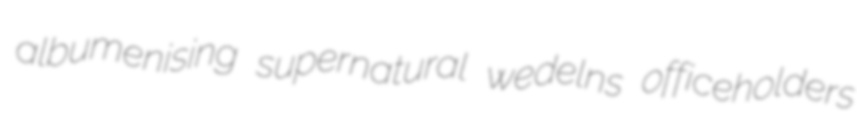
albumenising supernatural wedelns officeholders